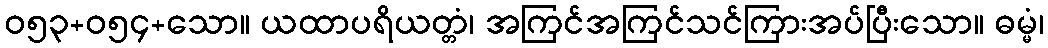
ဝ၅၃+၀၅၄+သော။ ယထာပရိယတ္တံ၊ အကြင်အကြင်သင်ကြားအပ်ပြီးသော။ ဓမ္မံ၊